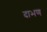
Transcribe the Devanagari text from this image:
दाभण